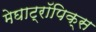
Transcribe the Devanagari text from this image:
मेघाट्रॉपिक्स